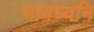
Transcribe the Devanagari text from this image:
भावध्वनि